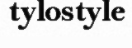
tylostyle